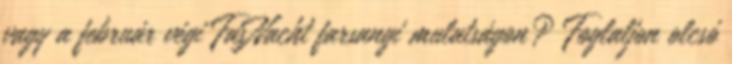
vagy a február végi FasNacht farsangi mulatságon? Foglaljon olcsó